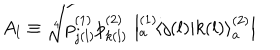
A _ { l } \equiv \sqrt [ [object Object] ] ] { p _ { j ( l ) } ^ { ( 1 ) } p _ { k ( l ) } ^ { ( 2 ) } } \, \left| { } _ { a } ^ { ( 1 ) } \! \left\langle { j ( l ) } | { k ( l ) } \right\rangle _ { a } ^ { ( 2 ) } \right|